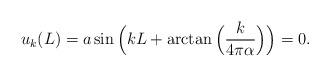
LaTeX: \begin{align*} u_{k}(L)=a\sin\Big(kL+\arctan\Big(\frac {k} {4\pi\alpha}\Big) \Big) = 0. \end{align*}